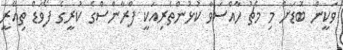
ވަކީން ބޮޑަށް މި މެޗު ހާއްސަވާ ކުޅުންތެރިއަކީ ފްރާންސްގެ ކުރީގެ ފޯވަޑް ތިއޭރީ